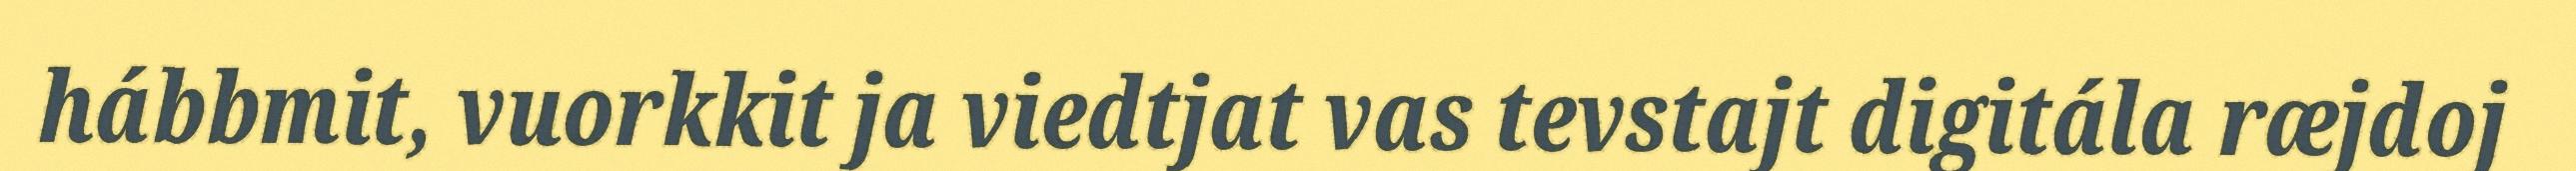
hábbmit, vuorkkit ja viedtjat vas tevstajt digitála ræjdoj